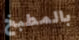
بالمطبخ